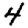
Digit: 4